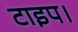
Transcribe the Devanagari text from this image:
टाइप।